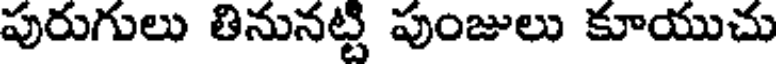
పురుగులు తినునట్టి పుంజులు కూయుచు